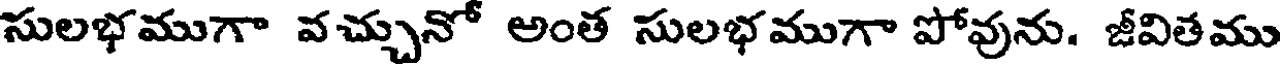
సులభముగా వచ్చునో అంత సులభముగా పోవును. జీవితము